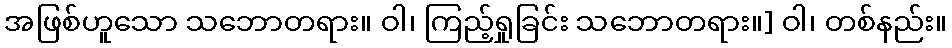
အဖြစ်ဟူသော သဘောတရား။ ဝါ၊ ကြည့်ရှုခြင်း သဘောတရား။] ဝါ၊ တစ်နည်း။